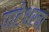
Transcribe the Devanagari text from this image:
पाटेश्वरचा